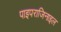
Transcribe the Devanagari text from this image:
पाइपराजिनाइल